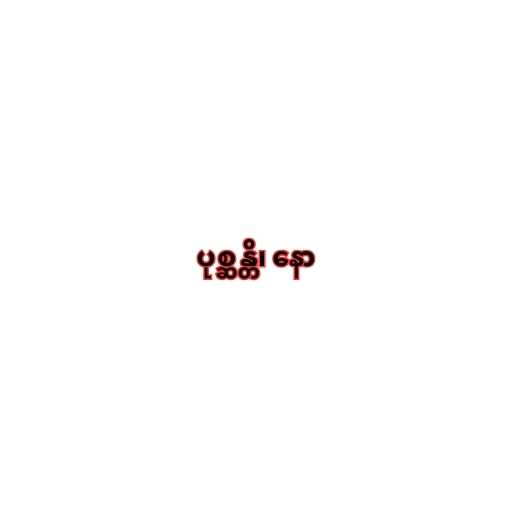
ပုစ္ဆန္တိ၊ နော